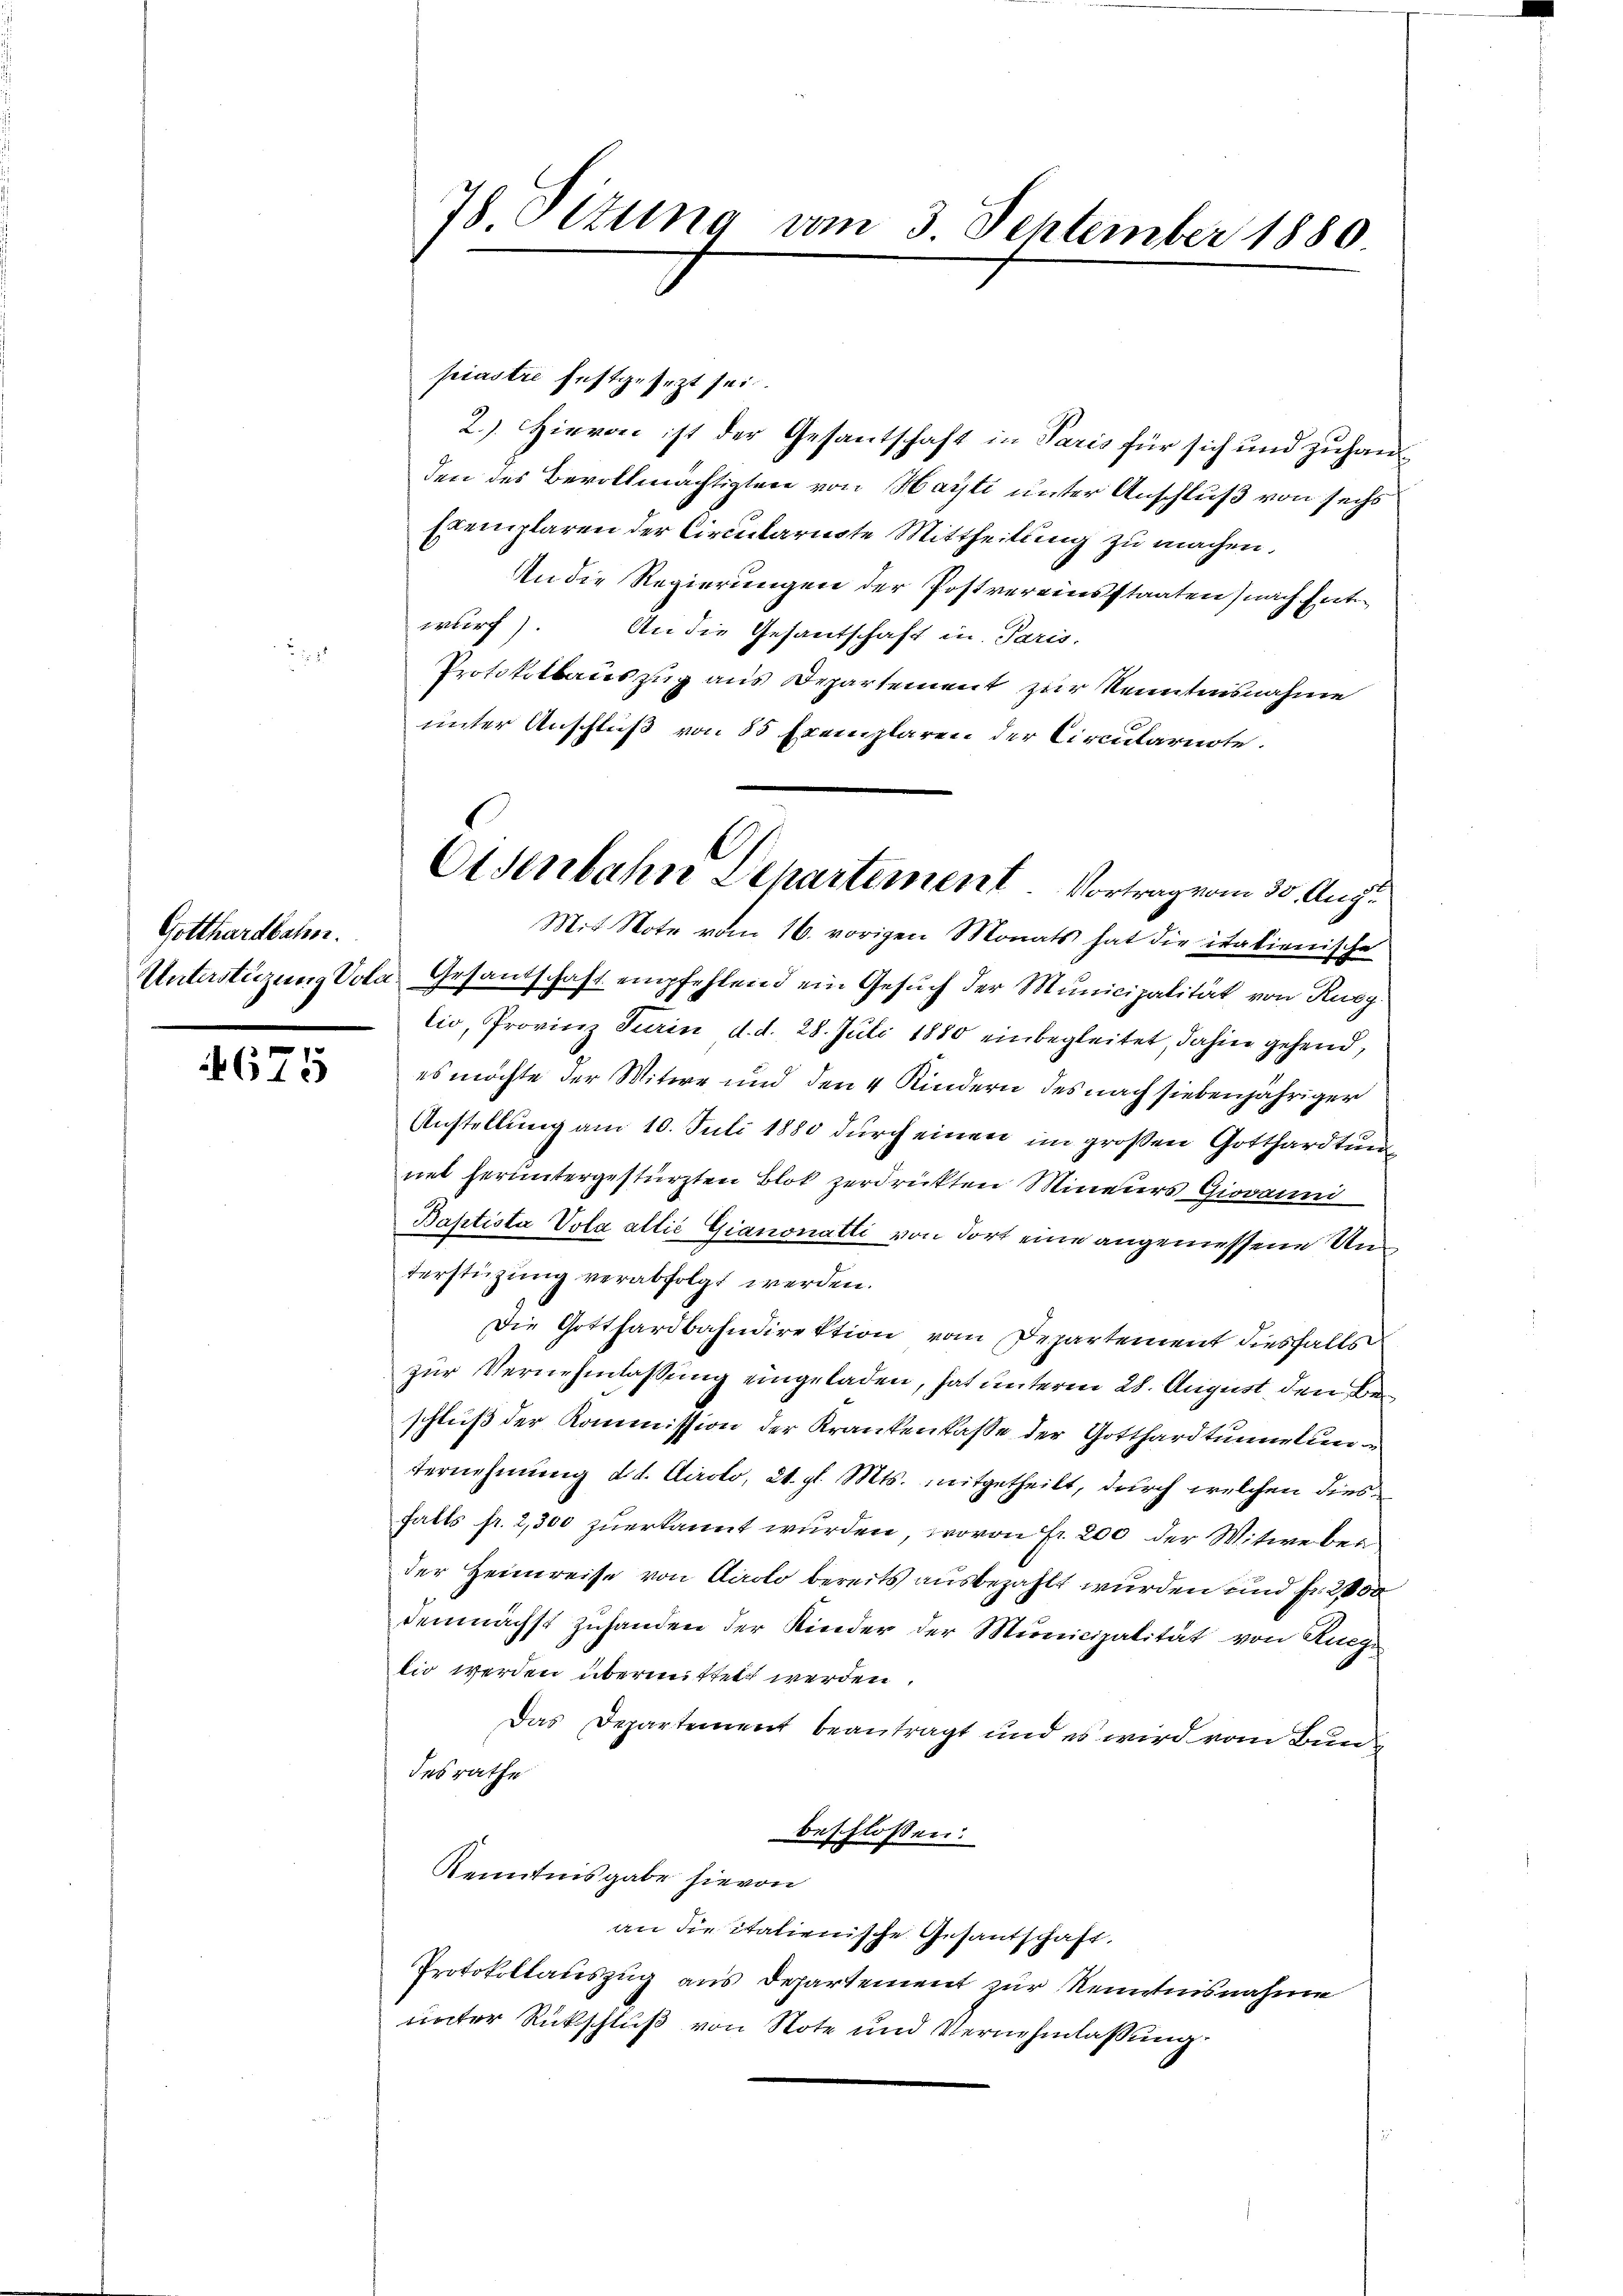
Gotthardbahn.

4675

piastre festgesezt sei.
2.) Hievon ist der Gesantschaft in Paris für sich und zuhanden des Bevollmächtigtei von Harti unter Anschluß von sechs
Exemplaren der Circularente Mittheilung zu machen.
An die Regierungen der Postvereinsstaaten (nach Ent
wurf). An die Gesantschaft in Paris.
Protokollauszug aus Departement zur Kenntnisnahme
unter Anschluß von 85 Exemplaren der Circularente.
Mit Note vom 16. vorigen Monats hat die italienische
Unterstüzung Vota Gesandschaft empfehlend ein Gesuch der Municipalität von Rueg
lio, Provinz Turin d. d. 28. Juli 1880 einbegleitet, dahin gehend,
es möchte der Witwe und den 4 Kindern des nach siebenjähriger
Anstellung am 10. Juli 1880 durch einen im großen Gotthardtunnet heruntergestürzten Blot zerdrückten Minerers Giovann
Baptista Vola allié Gianonatli von dort eine angemessene Unterstüzung verabfolgt werden.
Die Gotthardbahndirektion vom Departement diesfalls
zur Vernehmlassung eingeladen, hat unteren 28. August, den Beschluß der Kommission der Krankenkasse der Gotthardtunnelunternehmung d. d. Airolo, 21. gl. Mts. mitgetheilt, durch welchen diesfalls fr. 2,300 zuerkannt wurden, wovon Fr. 200 der Witwe ber
der Heimreise von Airolo bereits ausbezahlt wurden und Fr. 200
demnächst zuhanden der Kinder der Municipalität von Rueg
lio werden übermittelt werden.
Das Departement beantragt und es wird vom Bundesrathe
beschlossen:
Kenntnisgabe hievon
an die italienische Gesantschaft.
Protokollauszug aus Departement zur Kenntnisnahme
unter Rückschluß von Note und Vernehmlassung

78. Situng vom 3. September 1880.

A
Osenbahn Departement. Vortrag vom 30. Augu